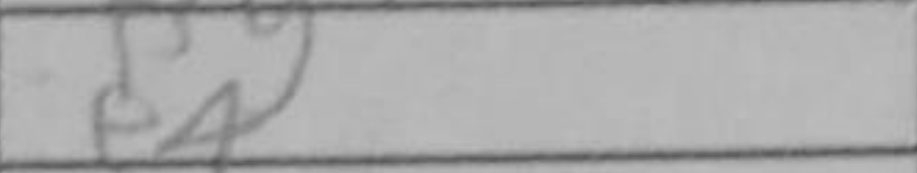
Transcription: e4